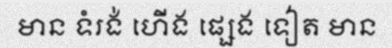
មាន ទំរង់ ហើង ផ្សេង ទៀត មាន